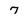
Character: 7